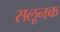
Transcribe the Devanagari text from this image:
सलूनक